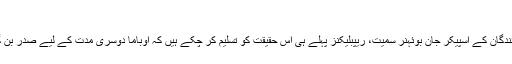
‘‘
ایوانِ نمائندگان کے اسپیکر جان بوئہنر سمیت، ریپبلیکنز پہلے ہی اس حقیقت کو تسلیم کر چکے ہیں کہ اوباما دوسری مدت کے لیے صدر بن گئے ہیں۔